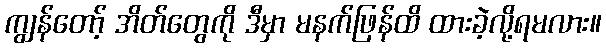
ကျွန်တော့် အိတ်တွေကို ဒီမှာ မနက်ဖြန်ထိ ထားခဲ့လို့ရမလား။